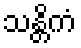
သန္တိကံ